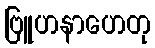
ဗြူဟနာဟေတု